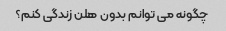
چگونه می توانم بدون هلن زندگی کنم؟